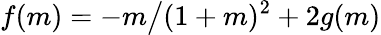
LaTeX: f(m)=-m\big/(1+m)^{2}+2g(m)